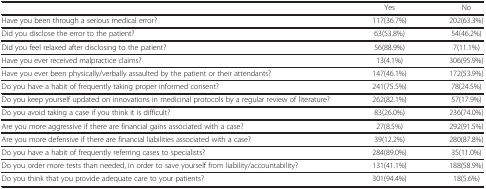
<table><thead><tr><td><b> </b></td><td><b> </b></td><td><b> </b></td></tr></thead><tbody><tr><td> </td><td>Yes</td><td>No</td></tr><tr><td>Have you been through a serious medical error?</td><td>117(36.7%)</td><td>202(63.3%)</td></tr><tr><td>Did you disclose the error to the patient?</td><td>63(53.8%)</td><td>54(46.2%)</td></tr><tr><td>Did you feel relaxed after disclosing to the patient?</td><td>56(88.9%)</td><td>7(11.1%)</td></tr><tr><td>Have you ever received malpractice claims?</td><td>13(4.1%)</td><td>306(95.9%)</td></tr><tr><td>Have you ever been physically/verbally assaulted by the patient or their attendants?</td><td>147(46.1%)</td><td>172(53.9%)</td></tr><tr><td>Do you have a habit of frequently taking proper informed consent?</td><td>241(75.5%)</td><td>78(24.5%)</td></tr><tr><td>Do you keep yourself updated on innovations in medicinal protocols by a regular review of literature?</td><td>262(82.1%)</td><td>57(17.9%)</td></tr><tr><td>Do you avoid taking a case if you think it is difficult?</td><td>83(26.0%)</td><td>236(74.0%)</td></tr><tr><td>Are you more aggressive if there are financial gains associated with a case?</td><td>27(8.5%)</td><td>292(91.5%)</td></tr><tr><td>Are you more defensive if there are financial liabilities associated with a case?</td><td>39(12.2%)</td><td>280(87.8%)</td></tr><tr><td>Do you have a habit of frequently referring cases to specialists?</td><td>284(89.0%)</td><td>35(11.0%)</td></tr><tr><td>Do you order more tests than needed, in order to save yourself from liability/accountability?</td><td>131(41.1%)</td><td>188(58.9%)</td></tr><tr><td>Do you think that you provide adequate care to your patients?</td><td>301(94.4%)</td><td>18(5.6%)</td></tr></tbody></table>